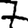
Digit: 7